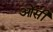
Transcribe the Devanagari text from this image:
ओंसी